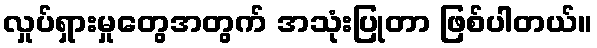
လှုပ်ရှားမှုတွေအတွက် အသုံးပြုတာ ဖြစ်ပါတယ်။